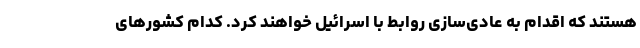
هستند که اقدام به عادی‌سازی روابط با اسرائیل خواهند کرد. کدام کشورهای